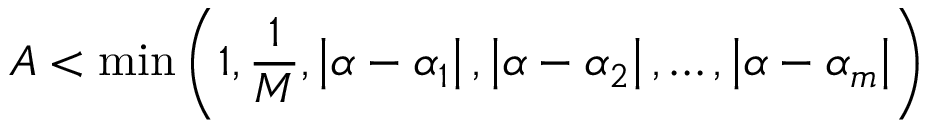
A < \operatorname* { m i n } \left( 1 , { \frac { 1 } { M } } , \left| \alpha - \alpha _ { 1 } \right| , \left| \alpha - \alpha _ { 2 } \right| , \ldots , \left| \alpha - \alpha _ { m } \right| \right)